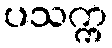
ပသက္က